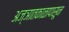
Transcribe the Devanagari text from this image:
अज्ञातकाळापासून